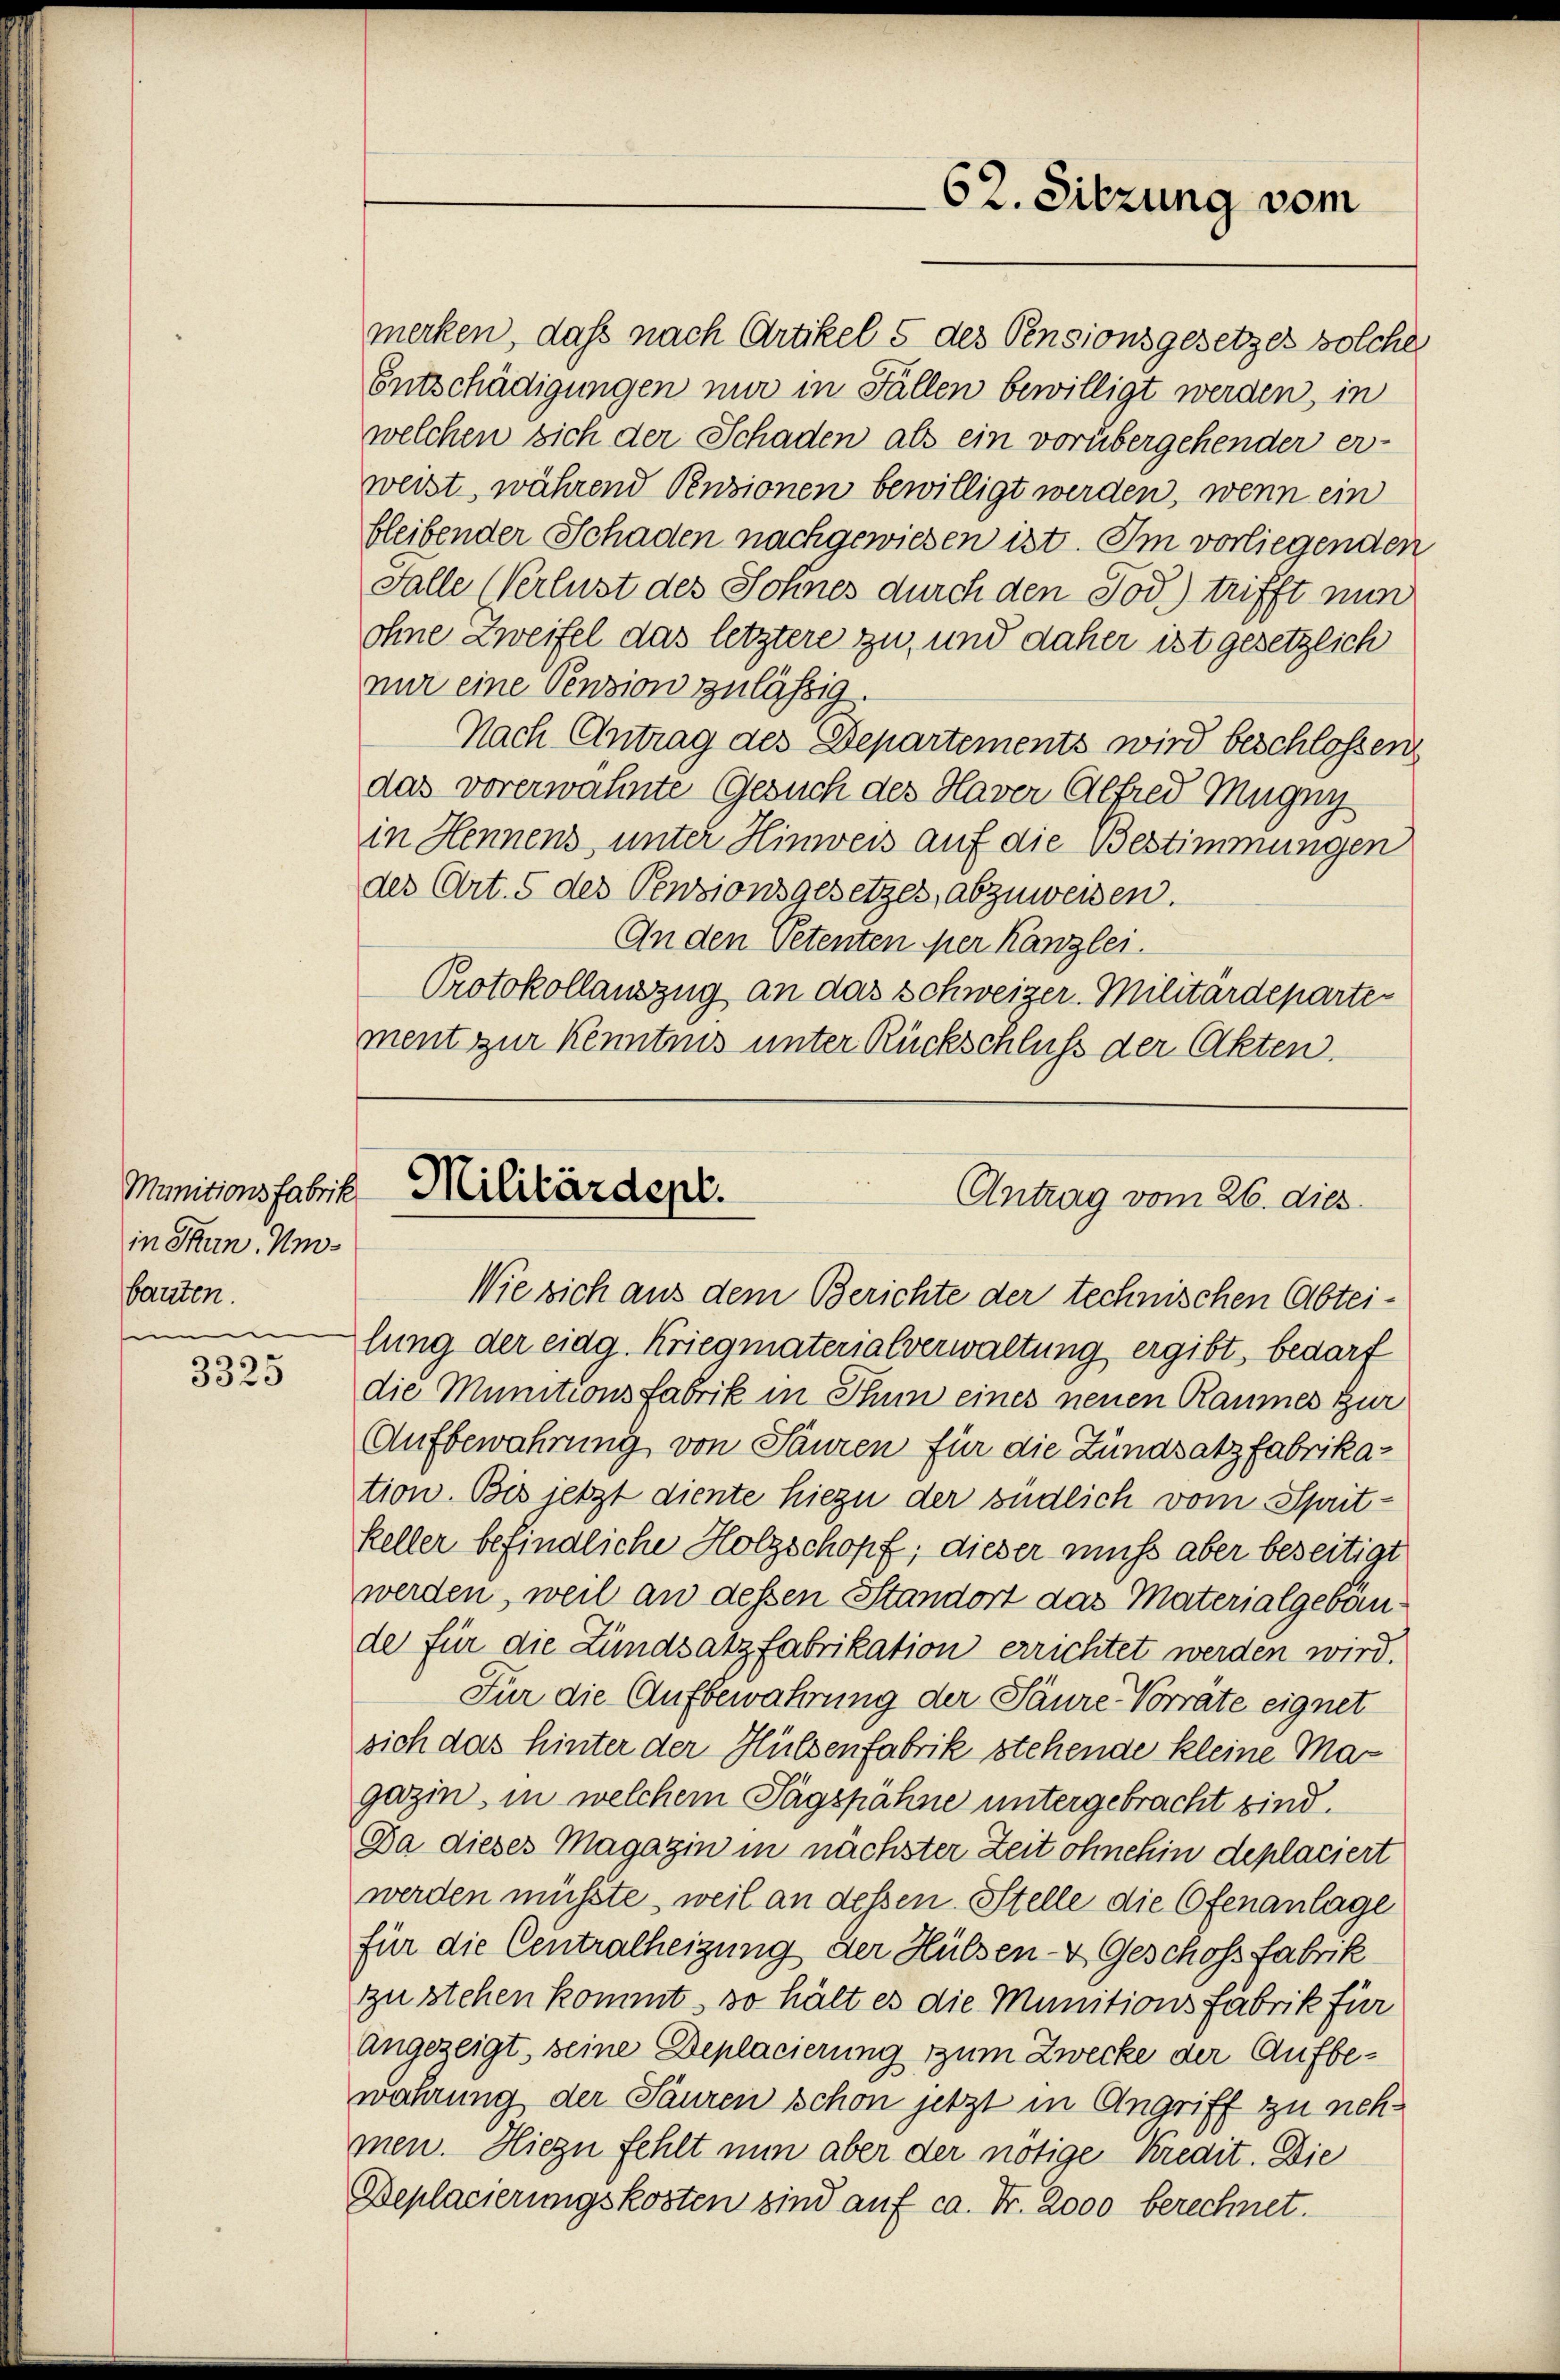
Munitionsfabrik
in Thun. Unbauten.

3325

welchen sich der Schaden als ein vorübergehender er-
weist, während Pensionen bewilligt werden, wenn ein
bleibender Schaden nachgewiesen ist. Im vorliegenden
Falle Verlust des Sohnes durch den Tod.) trifft nun
ohne Zweifel das letztere zu, und daher ist gesetzlich
nur eine Pension zulässig.
Nach Antrag des Departements wird beschlossen
das vorerwähnte Gesuch des Haver Alfred Mugny
in Hennens, unter Hinweis auf die Bestimmungen
des Art. 5 des Pensionsgesetzes, abzuweisen.
An den Petenten der Kanzlei.
Protokollauszug an das Schweizer-Militärdepartement zur Kenntnis unter Rückschluß der Akten.

Militärdept.
Antrag vom 26. dies

62. Sitzung vom

merken, daß nach Artikel 5 des Pensionsgesetzes solche
Entschädigungen nur in Fällen bewilligt werden, in

Wie sich aus dem Berichte der technischen Abteilung der eidg. Kriegmaterialverwaltung ergibt, bedarf
die Munitionsfabrik in Thum eines neuen Raumes zur
Aufbewahrung von Sauren für die Zundsatzfabrikation. Bis jetzt diente hiezu der südlich vom Sprit-
keller befindliche Holzschopf; dieser muss aber beseitigt
werden, weil an dessen Standort das Materialgebäude für die Lundsatzfabrikation errichtet werden wird.
Für die Aufbewahrung der Säure Vorräte eignet
sich das hinter der Hülsenfabrik stehende kleine Mar
gazin, in welchem Tagspähne untergebracht sind.
Da dieses Magazin in nächster Zeit ohnehin deplaciert
werden müsste, weil an dessen Stelle die Ofenanlage
für die Centralheizung der Hülsen- & Geschoss fabrik
zu stehen kommt, so hält es die Munitions Fabrik für
angezeigt, seine Deplacierung zum Zwecke der Aufbewahrung der Sauren schon jetzt in Angriff zu nehmen. Hiezu fehlt nun aber der nötige Kredit. Die
Beplacierungskosten sind auf ca. Fr. 2000 berechnet.